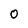
Character: o